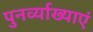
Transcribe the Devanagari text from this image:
पुनर्व्याख्याएं